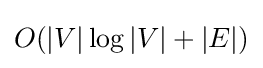
O(|V|\log |V|+|E|)